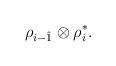
\begin{align*} \rho_{i-\hat 1}\otimes\rho_i^\ast.\end{align*}